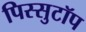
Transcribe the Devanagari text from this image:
पिस्सुटॉप